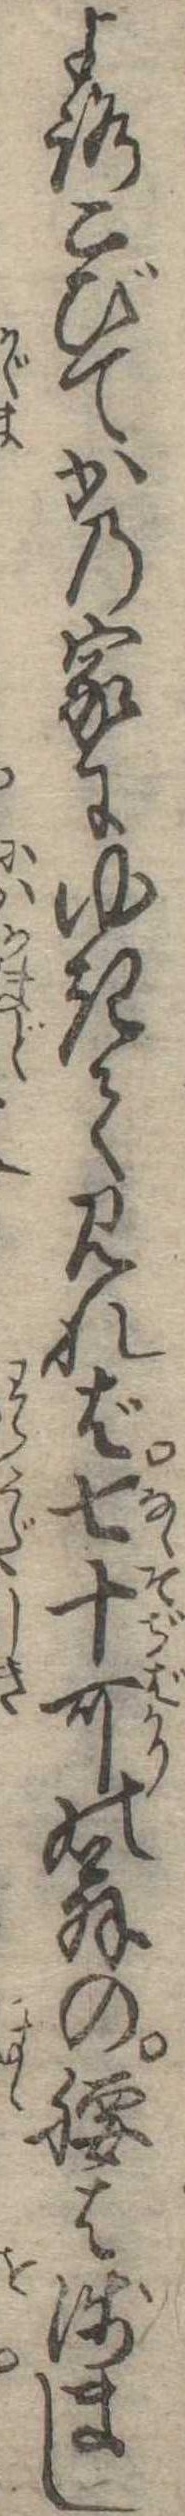
よろこびてかの家にゆきて見れば七十可の翁の腰は浅まし